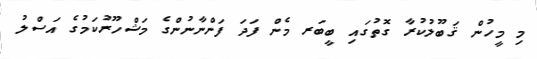
މި މީހުން ޤަބޫލުކުރާ ގޮތުގައި ބީބަރ މެން ފަދަ ފަންނާނުންގެ މަޝްހޫރުކަމުގެ އަސްލު